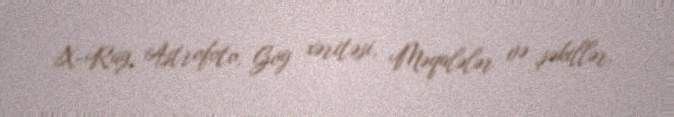
X-Ray, Astrofoto, Göy xəritəsi, Məqalələr və şəkillər.